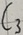
Text: C3